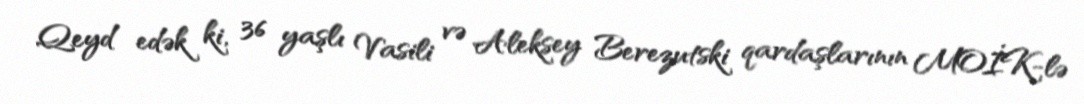
Qeyd edək ki, 36 yaşlı Vasili və Aleksey Berezutski qardaşlarının MOİK-lə